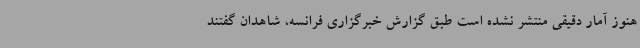
هنوز آمار دقیقی منتشر نشده است طبق گزارش خبرگزاری فرانسه، شاهدان گفتند